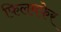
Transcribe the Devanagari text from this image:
फिलमफेर